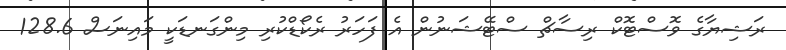
ރަޝިޔާގެ ވޮސްޓޮކް ރިސާޗް ސްޓޭޝަނުން އެ ފަހަރު ރެކޯޑްކުރި މިންގަނޑަކީ މައިނަސް 128.6